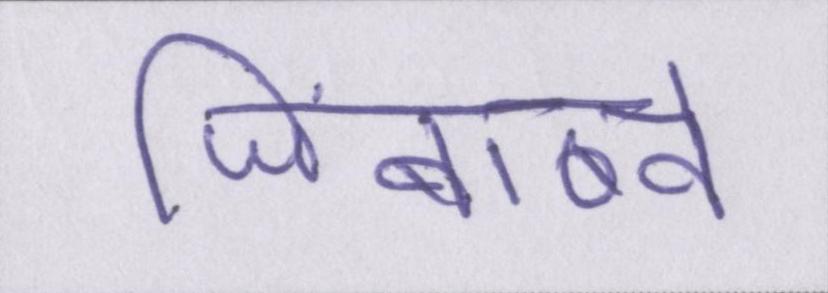
जिंबाब्वे